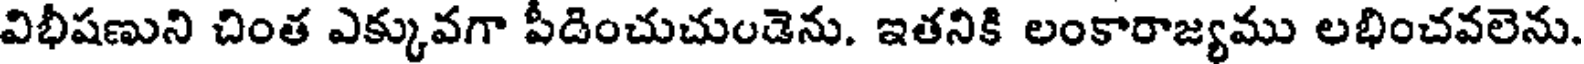
విభీషణుని చింత ఎక్కువగా పీడించుచుండెను. ఇతనికి లంకారాజ్యము లభించవలెను.